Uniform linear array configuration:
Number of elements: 24
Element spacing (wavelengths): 0.5
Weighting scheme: hann
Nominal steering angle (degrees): -15
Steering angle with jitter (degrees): -13.009
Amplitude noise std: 0.05
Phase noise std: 0.05

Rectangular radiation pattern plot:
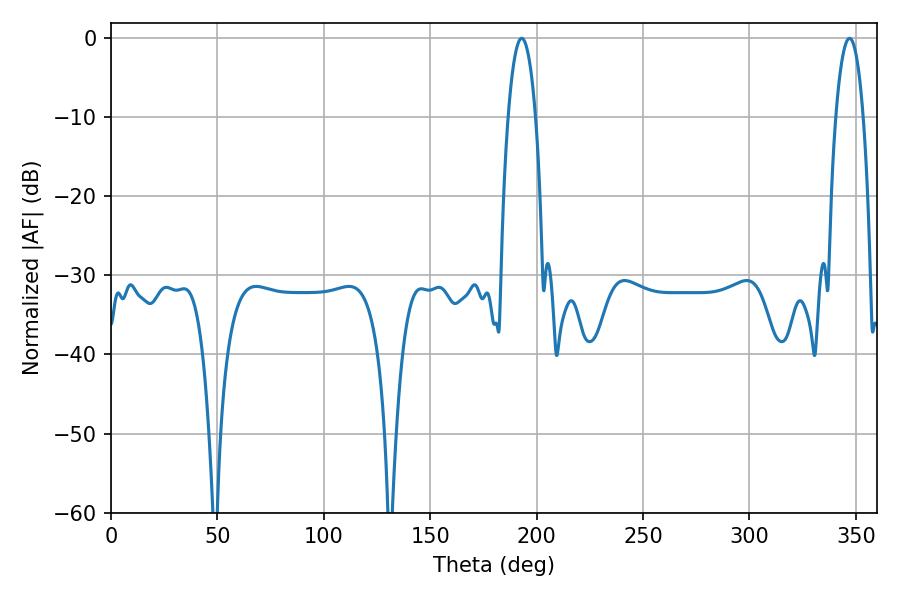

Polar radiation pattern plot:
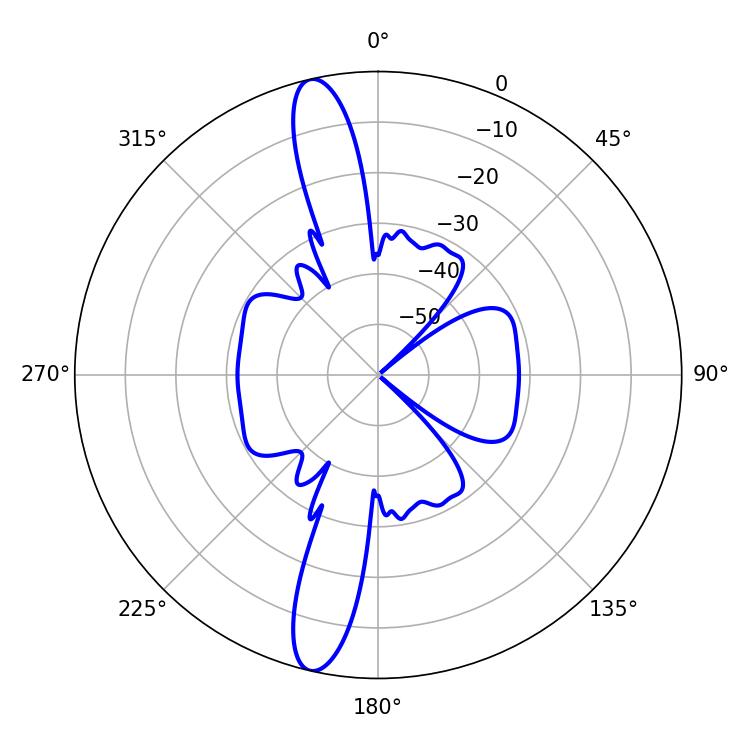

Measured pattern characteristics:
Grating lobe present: FALSE
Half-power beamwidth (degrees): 7.2
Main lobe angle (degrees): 347.04